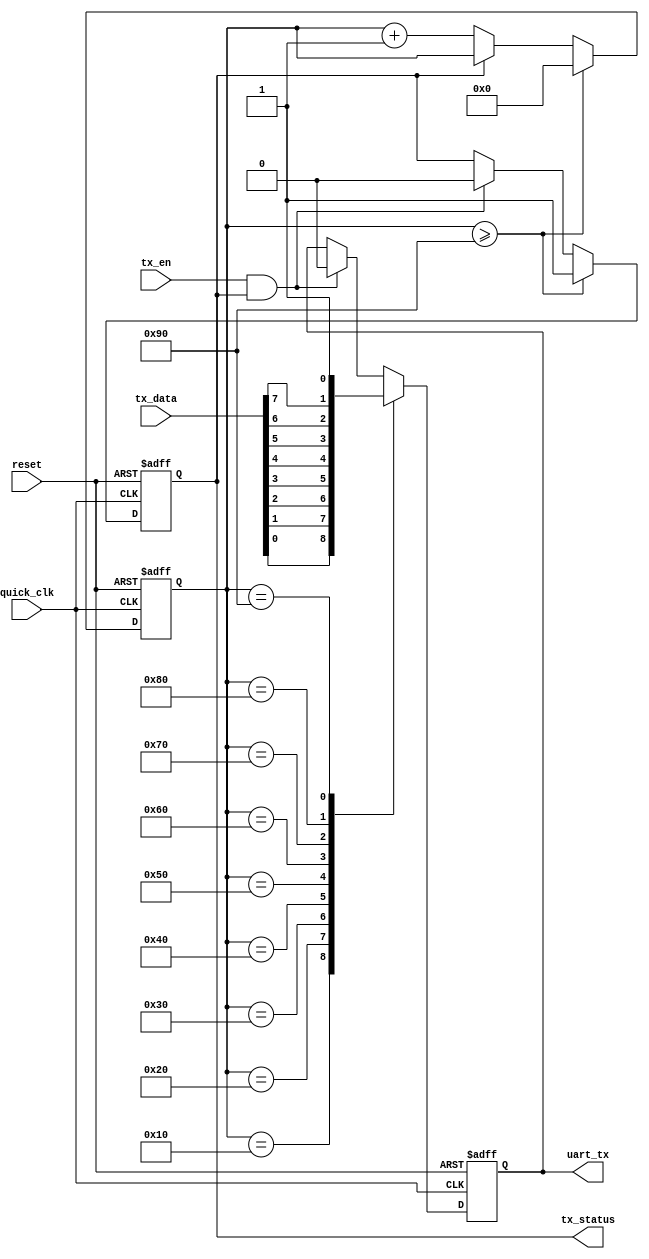
module UART_sender (reset,quick_clk,tx_data,tx_en,tx_status,uart_tx);
input quick_clk,tx_en,reset;
input [7:0] tx_data;
output uart_tx,tx_status;
reg uart_tx,tx_status;

reg [7:0] cnt;
/*
assign uart_tx = UART_TX;
assign tx_status = TX_STATUS;
*/
initial
begin
	cnt <= 0;
	tx_status <= 1;
	uart_tx <= 1;
end

always @(negedge reset or posedge quick_clk) 
begin
	if(~reset)
	begin
		cnt <= 0;
		tx_status <= 1;
		uart_tx <= 1;
	end
	else
	begin
	if(tx_en && tx_status)
	begin
		tx_status <= 0;
		uart_tx <= 0;
	end
	if(~tx_status)
	begin
		cnt <= cnt + 1;
	end
	if(cnt >= 8'd144)
	begin
		tx_status <= 1;
		cnt <= 0;
	end
	case (cnt)
		8'd16: begin uart_tx <= tx_data[0]; end // 8'd16:
		8'd32: begin uart_tx <= tx_data[1]; end
		8'd48: begin uart_tx <= tx_data[2]; end // 8'd48:
		8'd64: begin uart_tx <= tx_data[3]; end // 8'd64:
		8'd80: begin uart_tx <= tx_data[4]; end // 8'd80:
		8'd96: begin uart_tx <= tx_data[5]; end // 8'd96:
		8'd112: begin uart_tx <= tx_data[6]; end // 8'd112:
		8'd128: begin uart_tx <= tx_data[7]; end // 8'd128:
		8'd144: begin uart_tx <= 1; end // 8'd144:
	
		default : /* default */;
	endcase
	end
end

endmodule